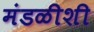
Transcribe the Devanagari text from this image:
मंडळीशी